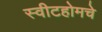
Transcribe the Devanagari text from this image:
स्वीटहोमचे